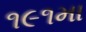
૧૯૧મા